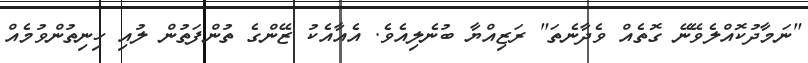
"ނަމާދުކޮއްލެވޭނޭ ގޮތެއް ވެދާނެތަ" ރަޒިއްޔާ ބުނެލިއެވެ. އެއާއެކު ޒޭންގެ ތުންފަތުން ލުއި ހިނިތުންވުމެއް